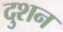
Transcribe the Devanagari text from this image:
दुशन